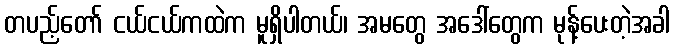
တပည့်တော် ငယ်ငယ်ကထဲက မူရှိပါတယ်၊ အမတွေ အဒေါ်တွေက မုန့်ပေးတဲ့အခါ